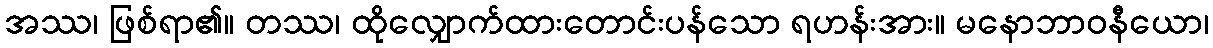
အဿ၊ ဖြစ်ရာ၏။ တဿ၊ ထိုလျှောက်ထားတောင်းပန်သော ရဟန်းအား။ မနောဘာဝနီယော၊